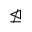
\ntrianglelefteq